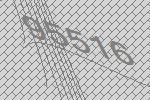
95516